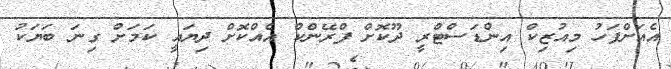
އެއަށްފަހު މިއުޒިކް އިންޑަސްޓްރީ ދޫކޮށް ފްރޭންކް އެއްކޮށް ދިޔައީ ކަމަށް ގިނަ ބަޔަކު